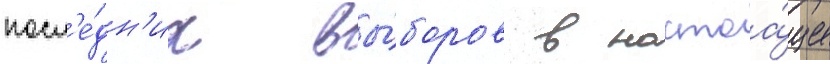
посл'е́дн'их вы́боров в настоа́щее